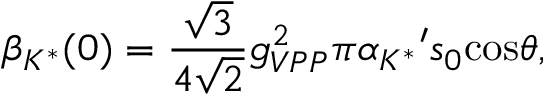
{ \beta } _ { { K } ^ { * } } ( 0 ) = { \frac { \sqrt { 3 } } { 4 \sqrt { 2 } } } { g } _ { V P P } ^ { 2 } \pi { { \alpha } _ { { K } ^ { * } } } ^ { \prime } { s } _ { 0 } \mathrm { c o s } { \theta } ,